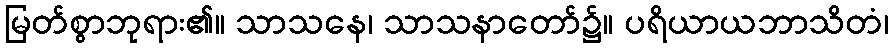
မြတ်စွာဘုရား၏။ သာသနေ၊ သာသနာတော်၌။ ပရိယာယဘာသိတံ၊